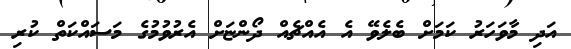
އަދި މާވަހަރު ކަމަށް ބެލެވޭ އެ އެއްޗެއް ދޯންޏަށް އެރުވުމުގެ މަސައްކަތް ކުރި